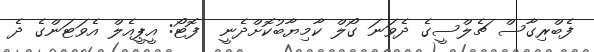
ފެބްރިގާސް ޗެލްސީގެ ދެވަނަ ގޯލް ކާމިޔާބުކޮށްދެނީ  ފޮޓޯ: އީޕީއެލް އެވަޓަންގެ ދެ